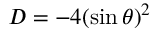
D = - 4 ( \sin \theta ) ^ { 2 }